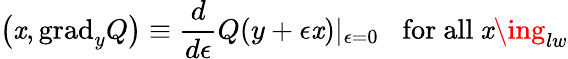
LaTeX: \left(\mathit{x},\mathrm{{grad}}_{y}Q\right)\equiv\frac{{d}}{{d\epsilon}}Q(y+\epsilon\mathit{x})|_{\epsilon=0}\; \; \; \mathrm{{for~all~}}\mathit{x}\ing_{lw}